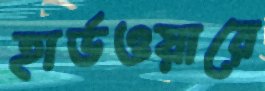
হার্ডওয়ারে